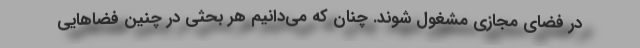
در فضای مجازی مشغول شوند. چنان که می‌دانیم هر بحثی در چنین فضاهایی